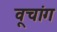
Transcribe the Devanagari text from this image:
वूचांग